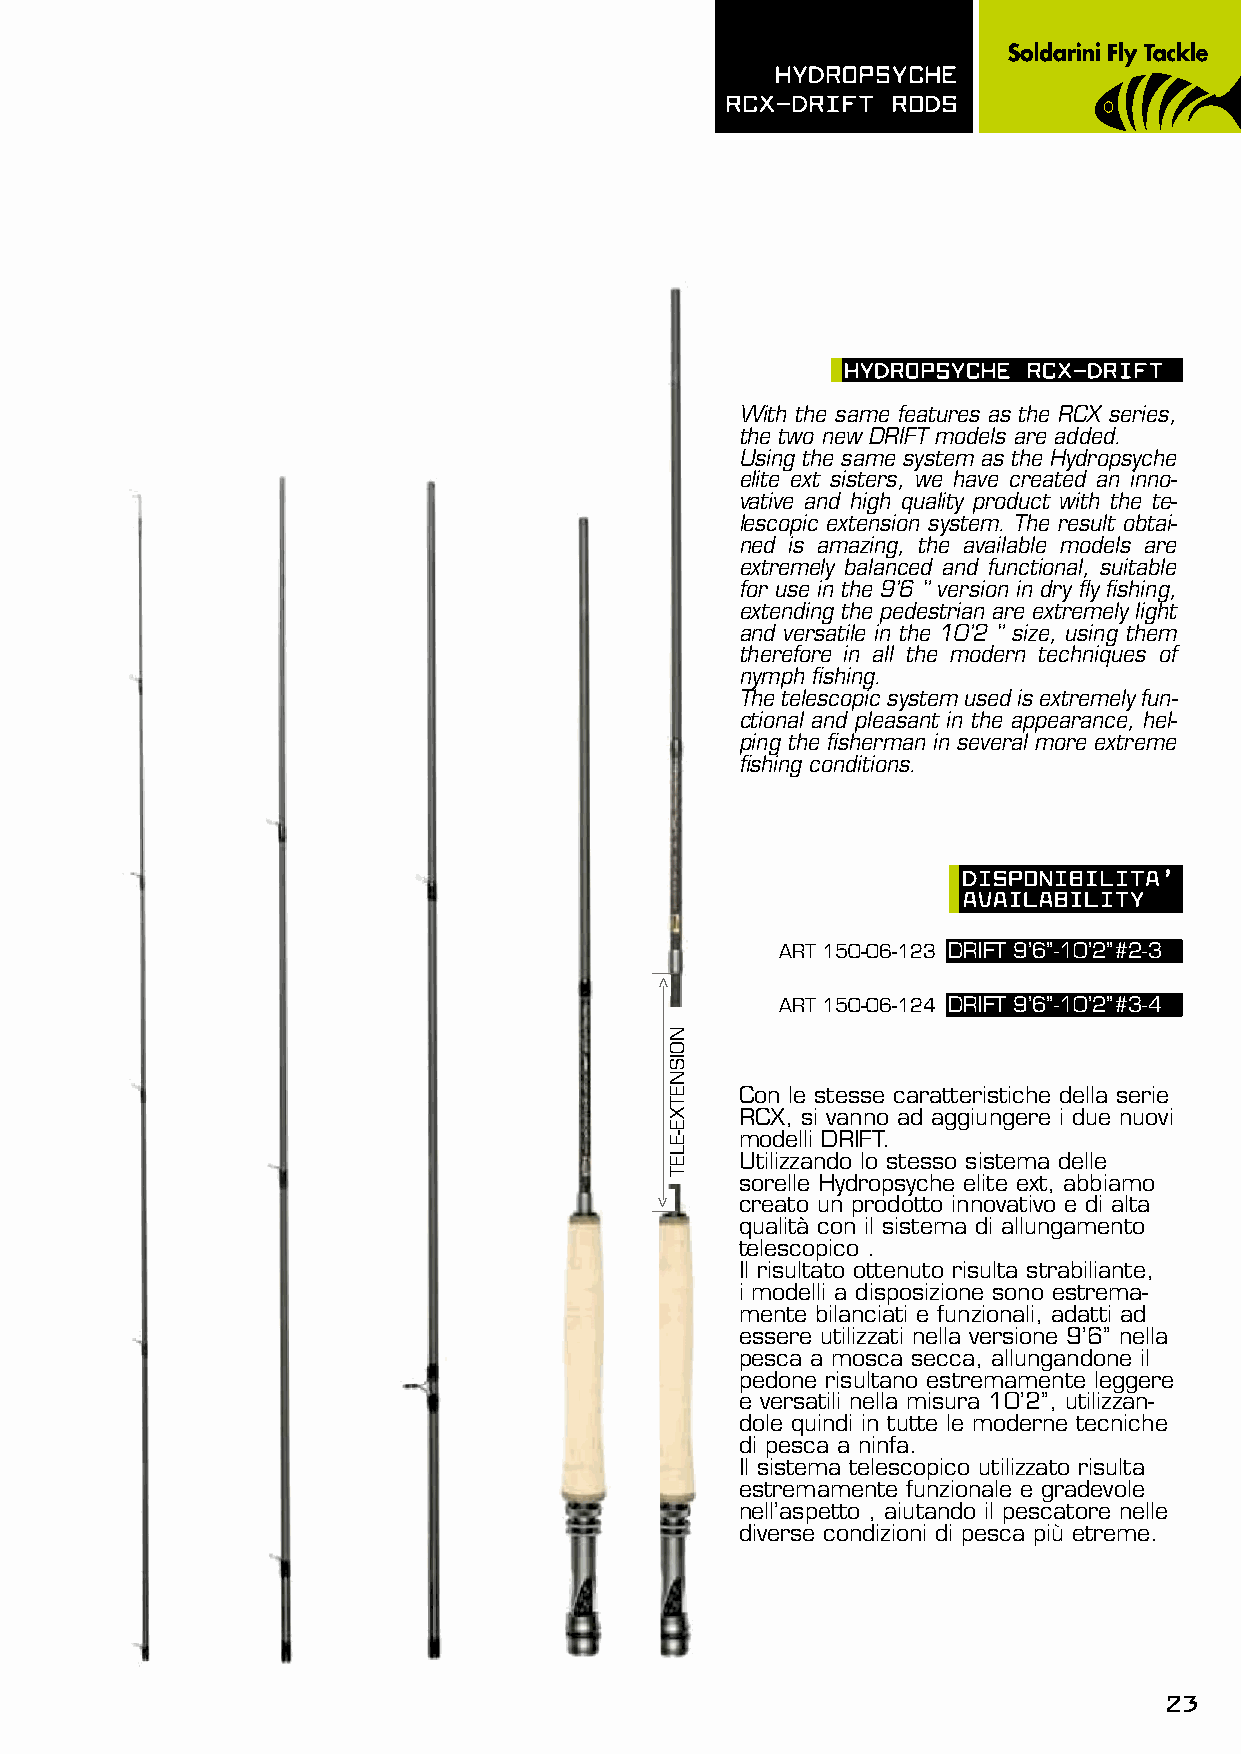
hydROpsyChE
 RCX-dRIFT  ROds
 hydROpsyChE RCX-dRIFT
 With the same features as the RCX series,
 the two new DRIFT models are added.
 Using the same system as the Hydropsyche
 elite ext sisters, we have created an inno-
 vative and high quality product with the te-
 lescopic extension system. The result obtai-
 ned is amazing, the available models are
 extremely balanced and functional, suitable
 for use in the 9’6 ‘’ version in dry fly fishing,
 extending the pedestrian are extremely light
 and versatile in the 10’2 ‘’ size, using them
 therefore in all the modern techniques of
 nymph fishing.
 The telescopic system used is extremely fun-
 ctional and pleasant in the appearance, hel-
 ping the fisherman in several more extreme
 fishing conditions.
 dIspOnIBILITA’
 AVAILABILITy
 ART 150-06-123 DRIFT 9’6’’-10’2’’#2-3
 ART 150-06-124 DRIFT 9’6’’-10’2’’#3-4
 Con le stesse caratteristiche della serie
 RCX, si vanno ad aggiungere i due nuovi
 modelli DRIFT.
 Utilizzando lo stesso sistema delle
 sorelle Hydropsyche elite ext, abbiamo
 creato un prodotto innovativo e di alta
 qualità con il sistema di allungamento
 telescopico .
 Il risultato ottenuto risulta strabiliante,
 i modelli a disposizione sono estrema-
 mente bilanciati e funzionali, adatti ad
 essere utilizzati nella versione 9’6’’ nella
 pesca a mosca secca, allungandone il
 pedone risultano estremamente leggere
 e versatili nella misura 10’2’’, utilizzan-
 dole quindi in tutte le moderne tecniche
 di pesca a ninfa.
 Il sistema telescopico utilizzato risulta
 estremamente funzionale e gradevole
 nell’aspetto , aiutando il pescatore nelle
 diverse condizioni di pesca più etreme.
 23
 >
 >
 NOISNETXE-ELET